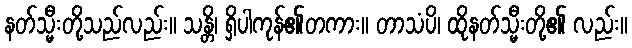
နတ်သ္မီးတို့သည်လည်း။ သန္တိ၊ ရှိပါကုန်၏တကား။ တာသံပိ၊ ထိုနတ်သ္မီးတို့၏ လည်း။